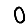
Digit: 0